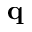
\mathbf { q }